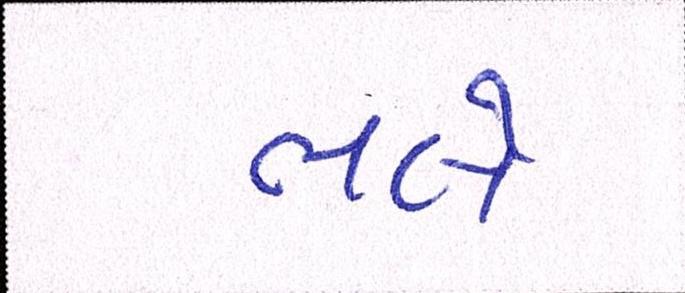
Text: ભલે